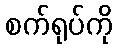
စက်ရုပ်ကို